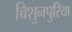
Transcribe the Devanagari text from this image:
बिशुनपुरिया